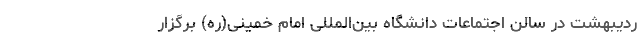
ردیبهشت در سالن اجتماعات دانشگاه بین‌المللی امام خمینی(ره) برگزار